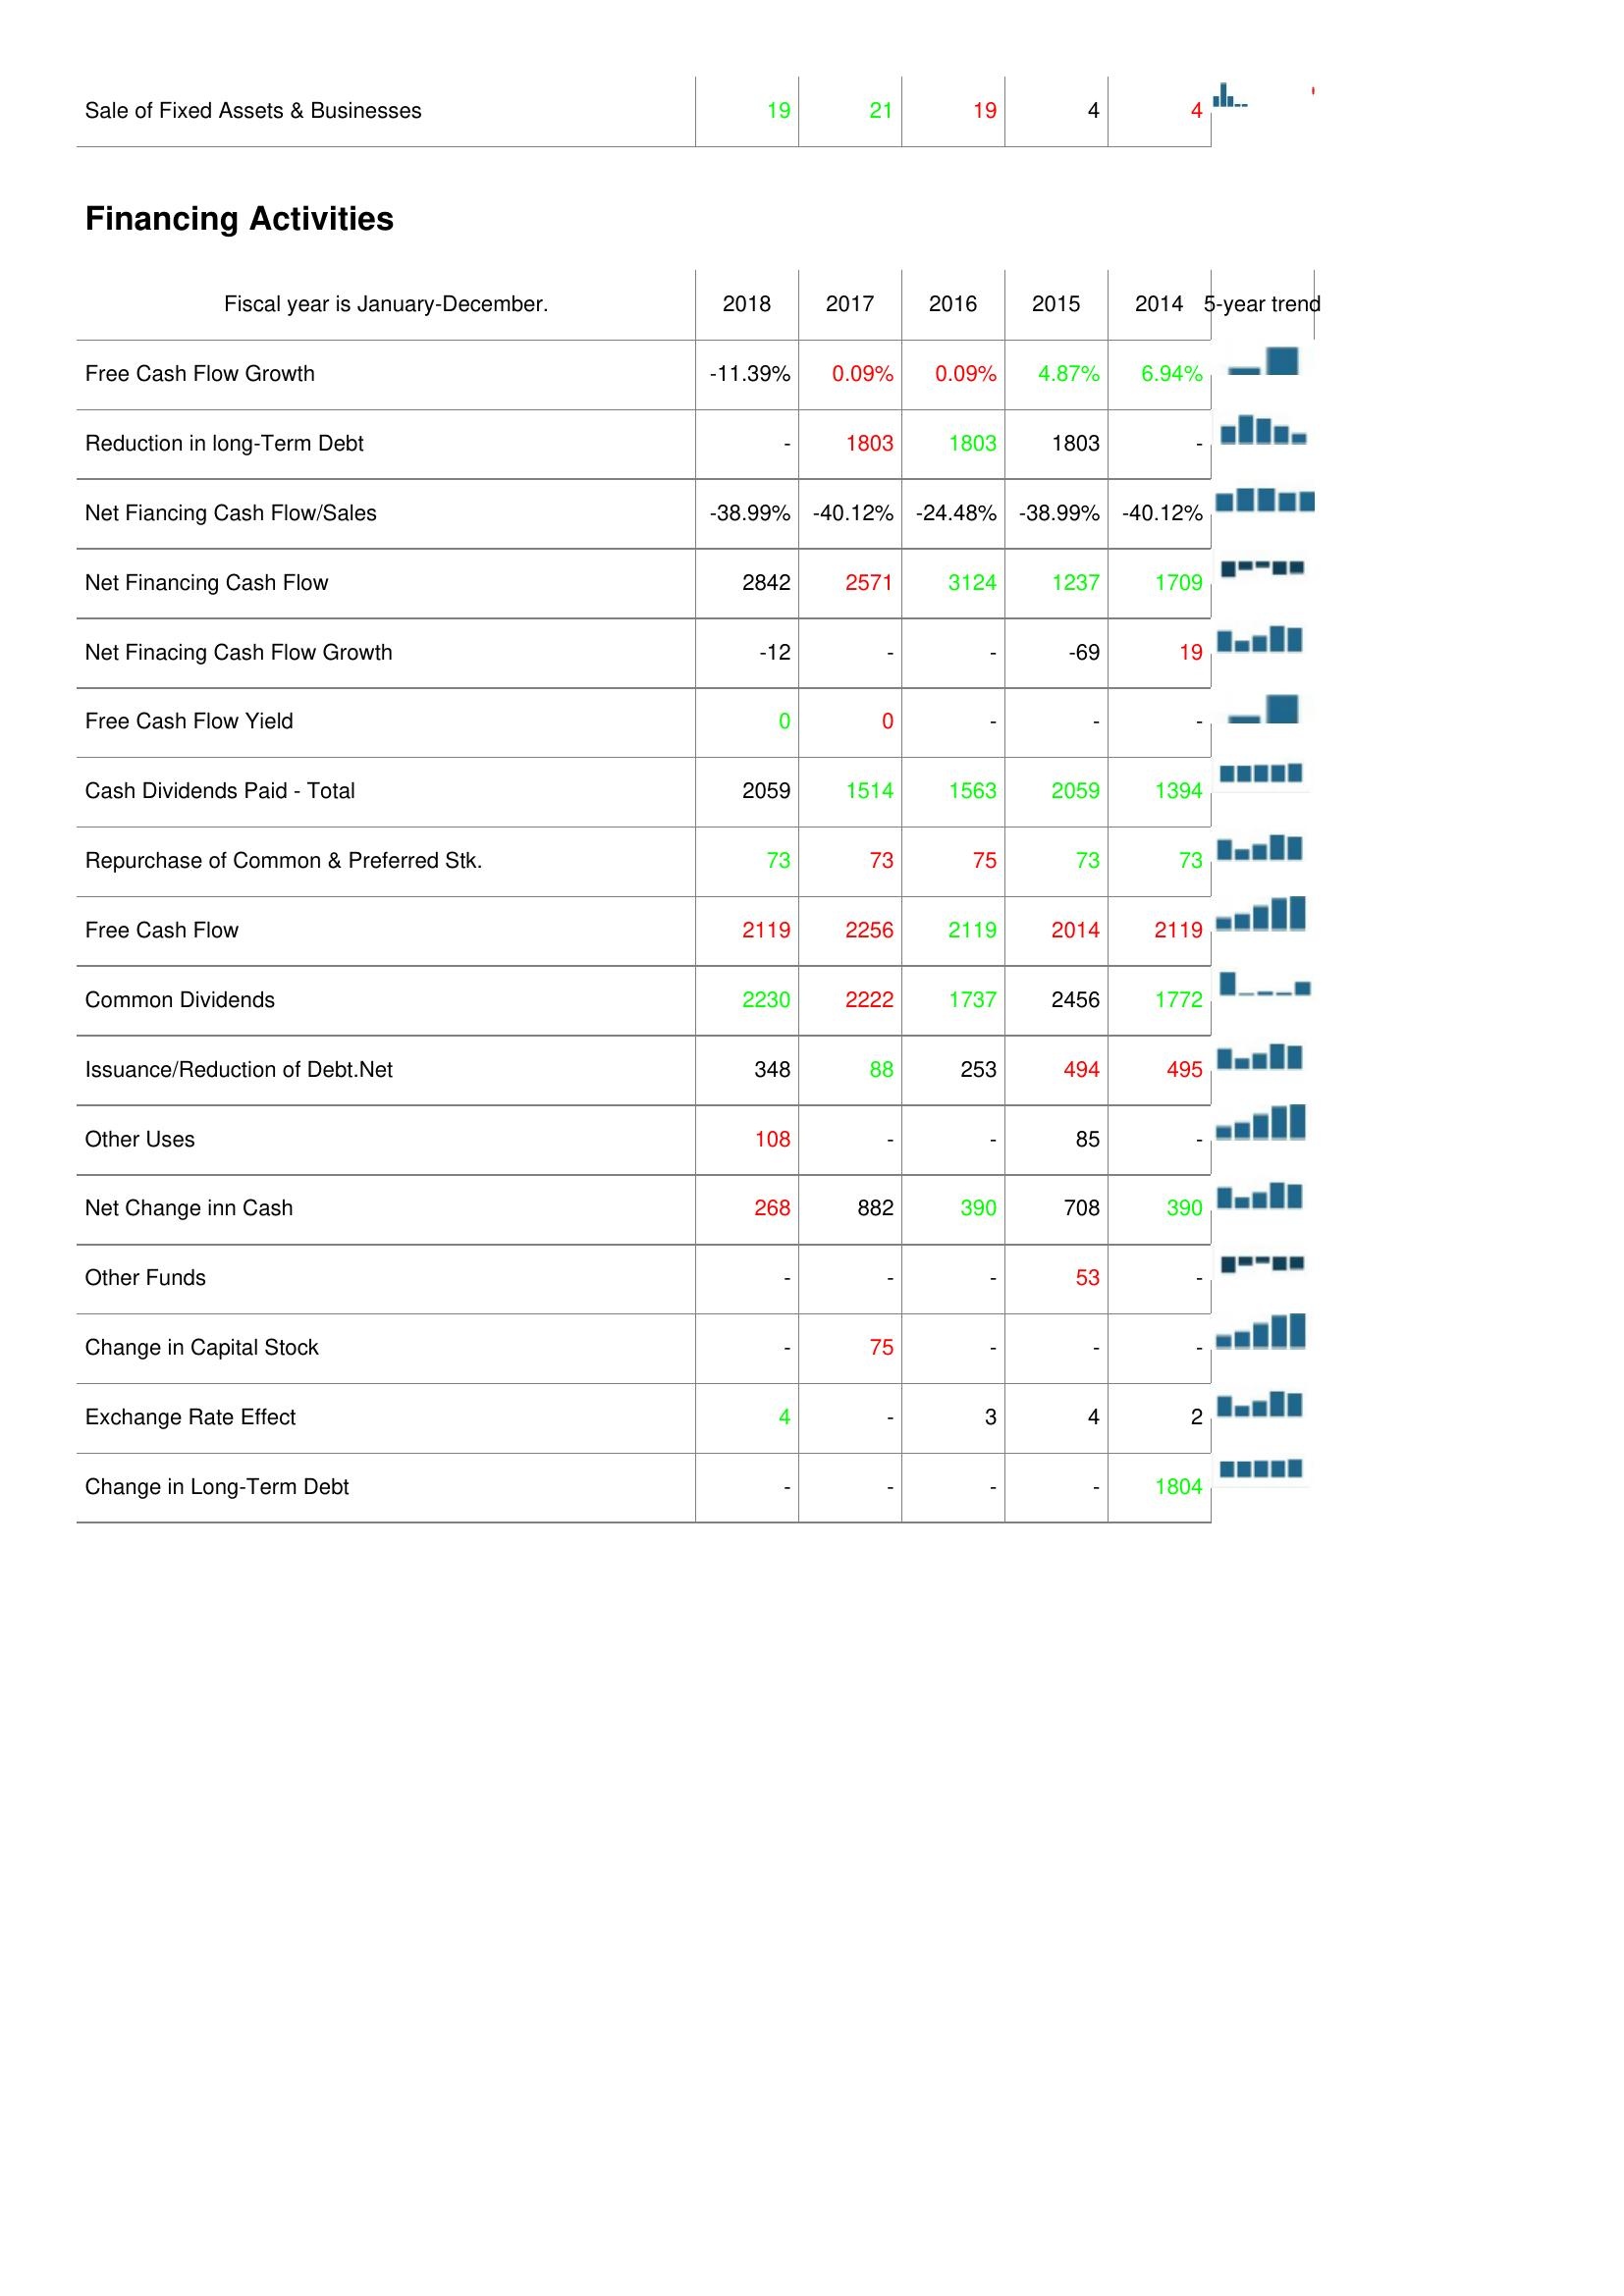
2018: Investing Activities: Sale of Fixed Assets & Businesses: 19
Financing Activities: Free Cash Flow Growth: -11.39%
Reduction in long-Term Debt: -
Net Fiancing Cash Flow/Sales: -38.99%
Net Financing Cash Flow: 2842
Net Finacing Cash Flow Growth: -12
Free Cash Flow Yield: 0
Cash Dividends Paid - Total: 2059
Repurchase of Common & Preferred Stk.: 73
Free Cash Flow: 2119
Common Dividends: 2230
Issuance/Reduction of Debt.Net: 348
Other Uses: 108
Net Change inn Cash: 268
Other Funds: -
Change in Capital Stock: -
Exchange Rate Effect: 4
Change in Long-Term Debt: -
2017: Investing Activities: Sale of Fixed Assets & Businesses: 21
Financing Activities: Free Cash Flow Growth: 0.09%
Reduction in long-Term Debt: 1803
Net Fiancing Cash Flow/Sales: -40.12%
Net Financing Cash Flow: 2571
Net Finacing Cash Flow Growth: -
Free Cash Flow Yield: 0
Cash Dividends Paid - Total: 1514
Repurchase of Common & Preferred Stk.: 73
Free Cash Flow: 2256
Common Dividends: 2222
Issuance/Reduction of Debt.Net: 88
Other Uses: -
Net Change inn Cash: 882
Other Funds: -
Change in Capital Stock: 75
Exchange Rate Effect: -
Change in Long-Term Debt: -
2016: Investing Activities: Sale of Fixed Assets & Businesses: 19
Financing Activities: Free Cash Flow Growth: 0.09%
Reduction in long-Term Debt: 1803
Net Fiancing Cash Flow/Sales: -24.48%
Net Financing Cash Flow: 3124
Net Finacing Cash Flow Growth: -
Free Cash Flow Yield: -
Cash Dividends Paid - Total: 1563
Repurchase of Common & Preferred Stk.: 75
Free Cash Flow: 2119
Common Dividends: 1737
Issuance/Reduction of Debt.Net: 253
Other Uses: -
Net Change inn Cash: 390
Other Funds: -
Change in Capital Stock: -
Exchange Rate Effect: 3
Change in Long-Term Debt: -
2015: Investing Activities: Sale of Fixed Assets & Businesses: 4
Financing Activities: Free Cash Flow Growth: 4.87%
Reduction in long-Term Debt: 1803
Net Fiancing Cash Flow/Sales: -38.99%
Net Financing Cash Flow: 1237
Net Finacing Cash Flow Growth: -69
Free Cash Flow Yield: -
Cash Dividends Paid - Total: 2059
Repurchase of Common & Preferred Stk.: 73
Free Cash Flow: 2014
Common Dividends: 2456
Issuance/Reduction of Debt.Net: 494
Other Uses: 85
Net Change inn Cash: 708
Other Funds: 53
Change in Capital Stock: -
Exchange Rate Effect: 4
Change in Long-Term Debt: -
2014: Investing Activities: Sale of Fixed Assets & Businesses: 4
Financing Activities: Free Cash Flow Growth: 6.94%
Reduction in long-Term Debt: -
Net Fiancing Cash Flow/Sales: -40.12%
Net Financing Cash Flow: 1709
Net Finacing Cash Flow Growth: 19
Free Cash Flow Yield: -
Cash Dividends Paid - Total: 1394
Repurchase of Common & Preferred Stk.: 73
Free Cash Flow: 2119
Common Dividends: 1772
Issuance/Reduction of Debt.Net: 495
Other Uses: -
Net Change inn Cash: 390
Other Funds: -
Change in Capital Stock: -
Exchange Rate Effect: 2
Change in Long-Term Debt: 1804